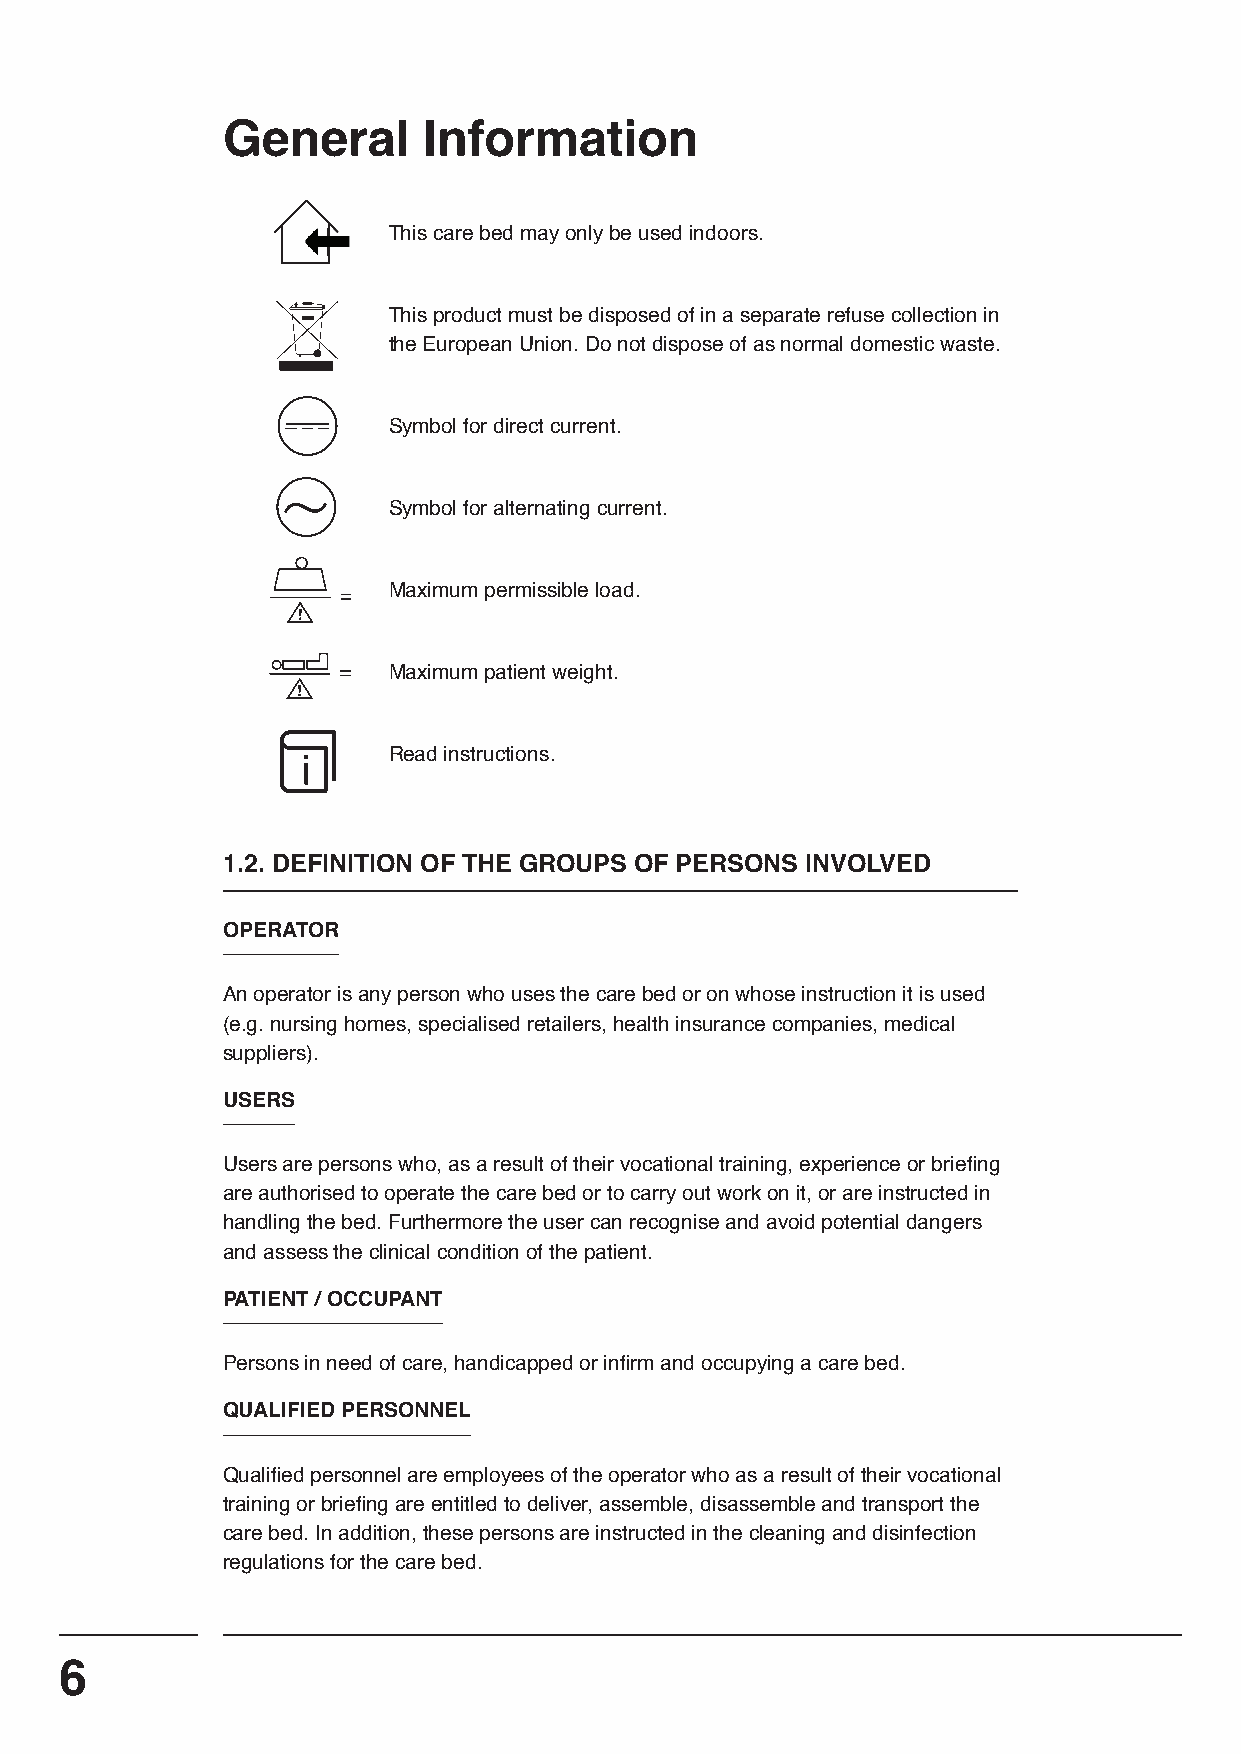
General      Information
 This care bed may only be used indoors.
 This product must be disposed of in a separate refuse collection in
 the European Union. Do not dispose of as normal domestic waste.
 Symbol for direct current.
 Symbol for alternating current.
 Maximum permissible load.
 Maximum patient weight.
 Read instructions.
 1.2. DEFINITION OF THE GROUPS OF PERSONS INVOLVED
 OPERATOR
 An operator is any person who uses the care bed or on whose instruction it is used
 (e.g. nursing homes, specialised retailers, health insurance companies, medical
 suppliers).
 USERS
 Users are persons who, as a result of their vocational training, experience or briefi ng
 are authorised to operate the care bed or to carry out work on it, or are instructed in
 handling the bed. Furthermore the user can recognise and avoid potential dangers
 and assess the clinical condition of the patient.
 PATIENT / OCCUPANT
 Persons in need of care, handicapped or infi rm and occupying a care bed.
 QUALIFIED PERSONNEL
 Qualifi ed personnel are employees of the operator who as a result of their vocational
 training or briefi ng are entitled to deliver, assemble, disassemble and transport the
 care bed. In addition, these persons are instructed in the cleaning and disinfection
 regulations for the care bed.
 6